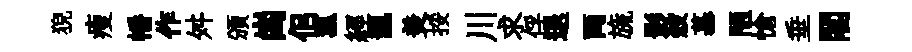
猊瘦幡作舛頒崗佀菰經龍羙挼川求俘退両旒影殺慕陋愴垂閣